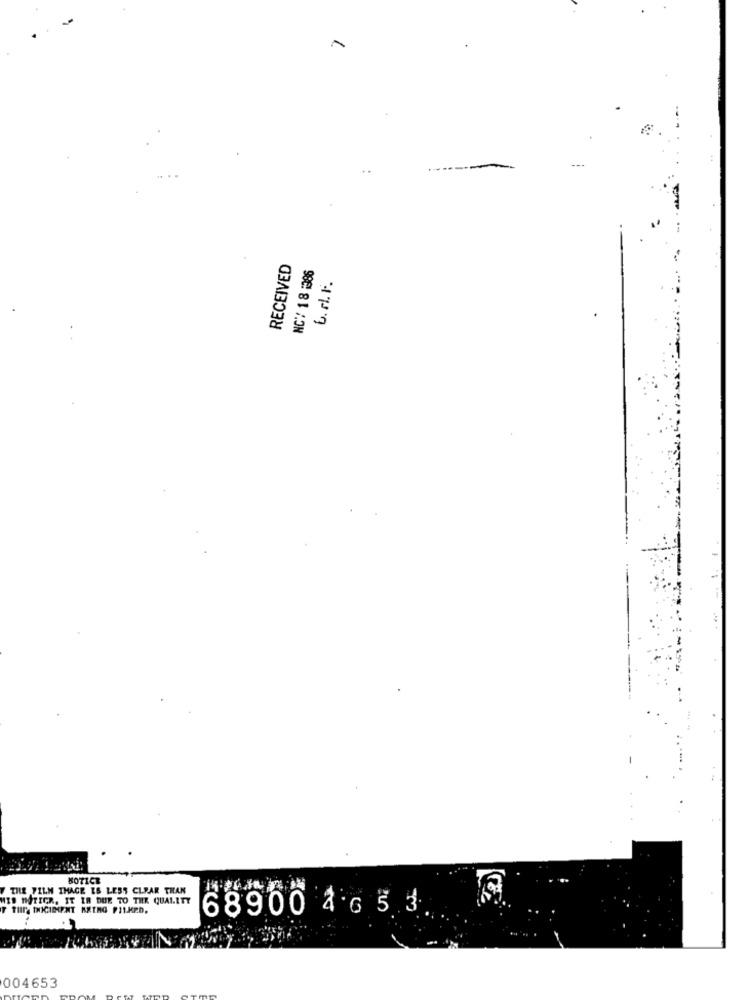
1
RECEIVED
NC*/ 18 :386
6.r. F.
NOTICE
THE FILM THAGE ES LESS CLEAR THAN
MED MOTICR. IT IR DUE TO THE QUALITY
68900 1 0 5 3.
004653